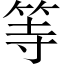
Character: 等